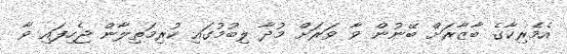
އެމެރިކާގެ ބާޒާރަށް ބޭނުން ވާ ވަރަށް މުދާ ލިބުމުގައި ކުރިމަތިލާން ޖެހިފައި ވާ